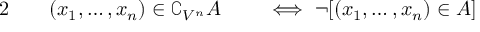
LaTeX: \begin{array} { r l r l } { { 2 } \quad } & { { } ( x _ { 1 } , \ldots , x _ { n } ) \in \complement _ { V ^ { n } } A } & { } & { { } \iff \neg [ ( x _ { 1 } , \ldots , x _ { n } ) \in A ] } \end{array}